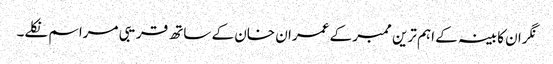
نگران کابینہ کے اہم ترین ممبر کے عمران خان کے ساتھ قریبی مراسم نکلے۔